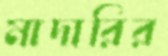
মাদারির